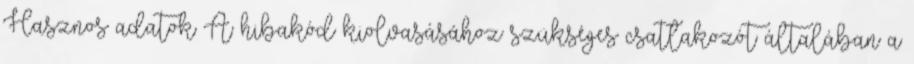
Hasznos adatok A hibakód kiolvasásához szükséges csatlakozót általában a